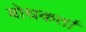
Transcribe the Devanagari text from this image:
बोधकर्ता